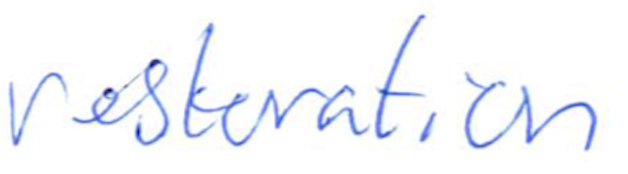
Text: restoration
Cross-out: clean
Writing tool: ballpoint